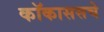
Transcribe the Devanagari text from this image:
कॉकाससचे